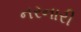
નરનારી